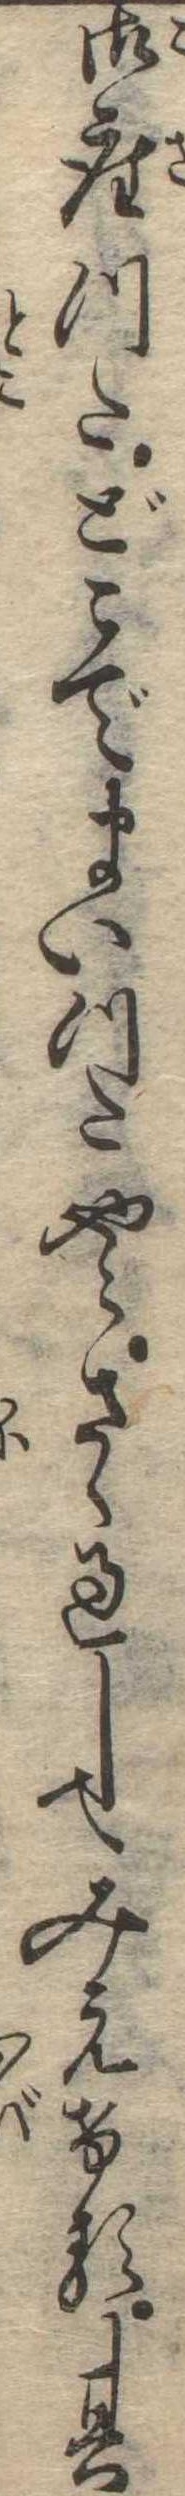
御座つたどこでまいつたやらさゝ過してみえける其